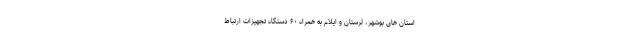
استان های بوشهر، لرستان و ایلام به همراه ۶۰ دستگاه تجهیزات ارتباط